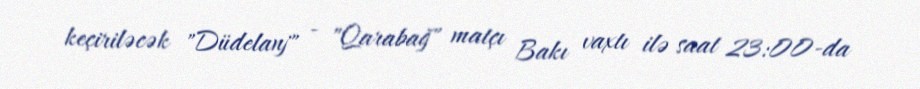
keçiriləcək "Düdelanj" - "Qarabağ" matçı Bakı vaxtı ilə saat 23:00-da